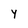
Character: Y